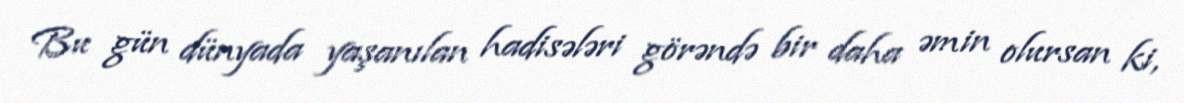
Bu gün dünyada yaşanılan hadisələri görəndə bir daha əmin olursan ki,